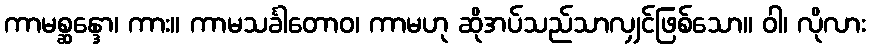
ကာမစ္ဆန္ဒော၊ ကား။ ကာမသင်္ခါတောဝ၊ ကာမဟု ဆိုအပ်သည်သာလျှင်ဖြစ်သော။ ဝါ၊ လိုလား